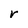
Character: r